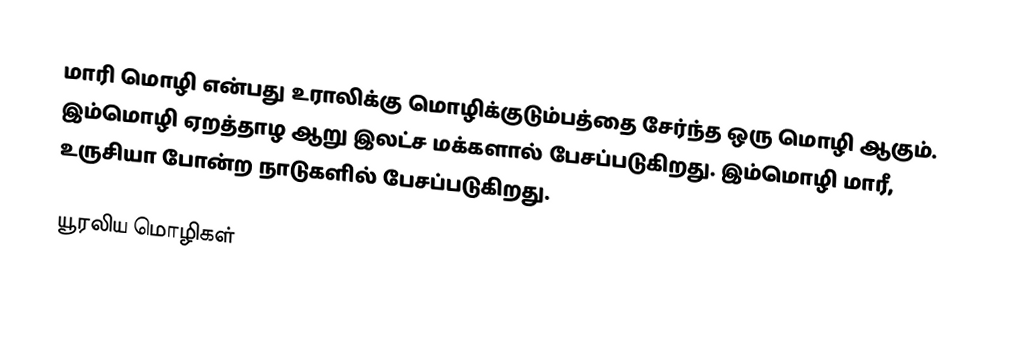
மாரி மொழி என்பது உராலிக்கு மொழிக்குடும்பத்தை சேர்ந்த ஒரு மொழி ஆகும். இம்மொழி ஏறத்தாழ ஆறு இலட்ச மக்களால் பேசப்படுகிறது. இம்மொழி மாரீ, உருசியா போன்ற நாடுகளில் பேசப்படுகிறது.

யூரலிய மொழிகள்